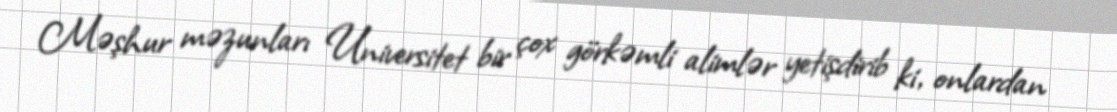
Məşhur məzunları Universitet bir çox görkəmli alimlər yetişdirib ki, onlardan